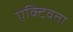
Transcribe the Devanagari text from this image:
एक्टिवता